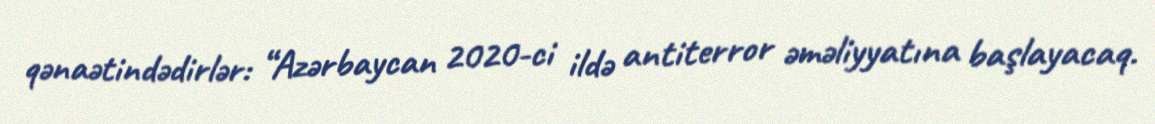
qənaətindədirlər: “Azərbaycan 2020-ci ildə antiterror əməliyyatına başlayacaq.